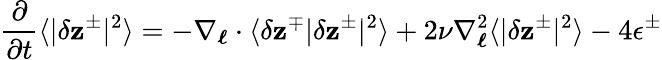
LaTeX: \displaystyle\frac{\partial}{\partial t}\langle|\delta\mathbf{z}^{\pm}|^{2}\rangle=-\mathbf{\nabla}_{\boldsymbol{\ell}}\cdot\langle\delta\mathbf{z}^{\mp}|\delta\mathbf{z}^{\pm}|^{2}\rangle+2\nu\nabla_{\boldsymbol{\ell}}^{2}\langle|\delta\mathbf{z}^{\pm}|^{2}\rangle-4\epsilon^{\pm}